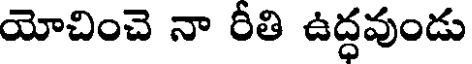
యోచించె నా రీతి ఉద్ధవుండు